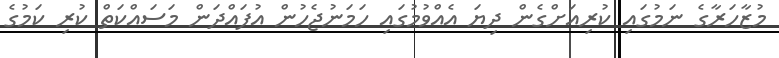
މުޒާހަރާގެ ނަމުގައި ކުރިއަށްގެން ދިޔަ އެއްވުމުގައި ހަމަނުޖެހުން އުފައްދަން މަސައްކަތް ކުރި ކަމުގެ